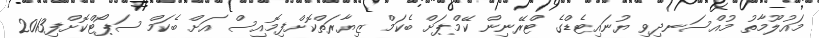
މައުލޫމާތު މުއްސަނދިވި ޔުނައިޓެޑްގެ ޓްރޭނިން ކޭމްޕަށް ބެކަމް ޒިޔާރަތްކޮށްފިމޮއިސް އަށް ބެކަމް ސަޕޯޓްކޮށްފި2013